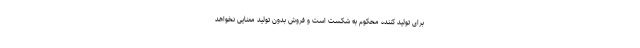
برای تولید کننده محکوم به شکست است و فروش بدون تولید معنایی نخواهد